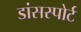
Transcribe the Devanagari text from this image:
डांसस्पोर्ट